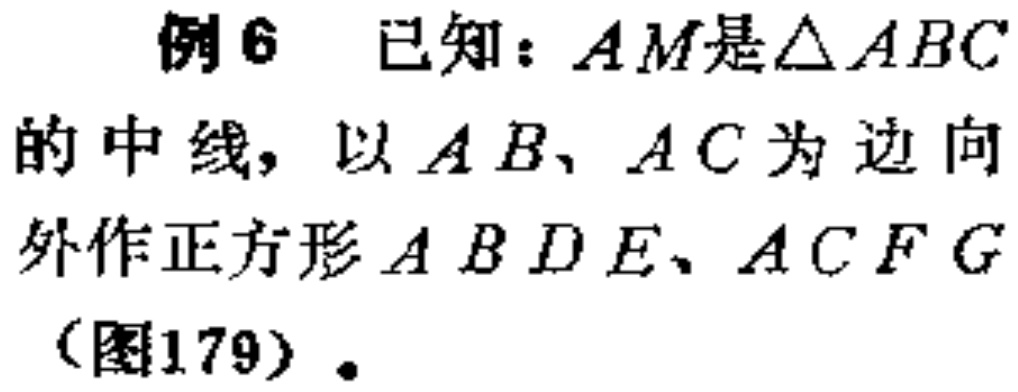
例6 已知：$AM$是$\triangle ABC$的中线，以$AB、AC$为边向外作正方形$ABDE、ACFG$（图179）。